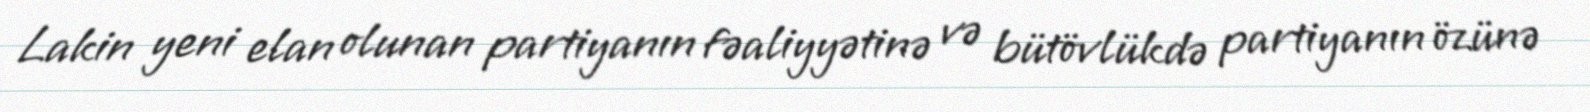
Lakin yeni elan olunan partiyanın fəaliyyətinə və bütövlükdə partiyanın özünə